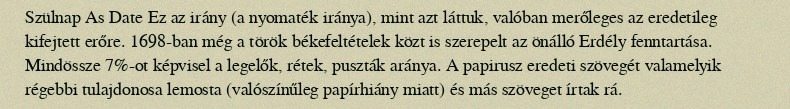
Szülnap As Date Ez az irány (a nyomaték iránya), mint azt láttuk, valóban merőleges az eredetileg kifejtett erőre. 1698-ban még a török békefeltételek közt is szerepelt az önálló Erdély fenntartása. Mindössze 7%-ot képvisel a legelők, rétek, puszták aránya. A papirusz eredeti szövegét valamelyik régebbi tulajdonosa lemosta (valószínűleg papírhiány miatt) és más szöveget írtak rá.